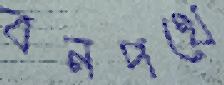
বনপথে